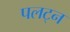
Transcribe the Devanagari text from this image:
पलट्न